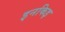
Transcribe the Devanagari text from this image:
इनकिइ